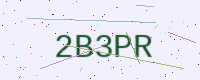
Text: 2B3PR